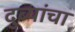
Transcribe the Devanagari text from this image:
दुब्यांचा